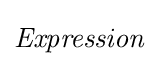
{\mathit {Expression}}